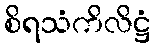
စိရသံကိလိဋ္ဌံ